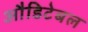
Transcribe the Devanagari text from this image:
औडिटेबल